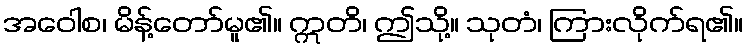
အဝေါစ၊ မိန့်တော်မူ၏။ ဣတိ၊ ဤသို့။ သုတံ၊ ကြားလိုက်ရ၏။